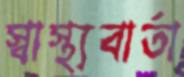
স্বাস্থ্যবার্তা